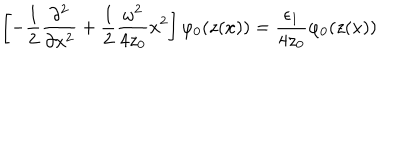
\left[ - \frac 1 2 \frac { \partial ^ { 2 } } { \partial x ^ { 2 } } + \frac 1 2 \frac { \omega ^ { 2 } } { 4 z _ { 0 } } x ^ { 2 } \right] \varphi _ { 0 } ( z ( x ) ) = \frac { \epsilon _ { 1 } } { 4 z _ { 0 } } \varphi _ { 0 } ( z ( x ) )